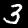
Label: 3